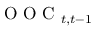
\mathrm { ~ O ~ O ~ C ~ } _ { t , t - 1 }